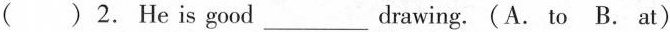
( ) 2. He is good___drawing. (A.to B. at)